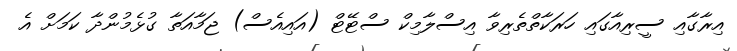
އިރާގާއި ސީރިއާގައި ހަރަކާތްތެރިވާ އިސްލާމިކް ސްޓޭޓް (އަައިއެސް) ޖަމާއަތާ ގުޅެމުންދާ ކަމަށް އެ